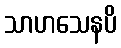
သာဟသေနပိ